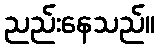
ညည်းနေသည်။